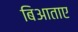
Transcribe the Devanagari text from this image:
बिआताए